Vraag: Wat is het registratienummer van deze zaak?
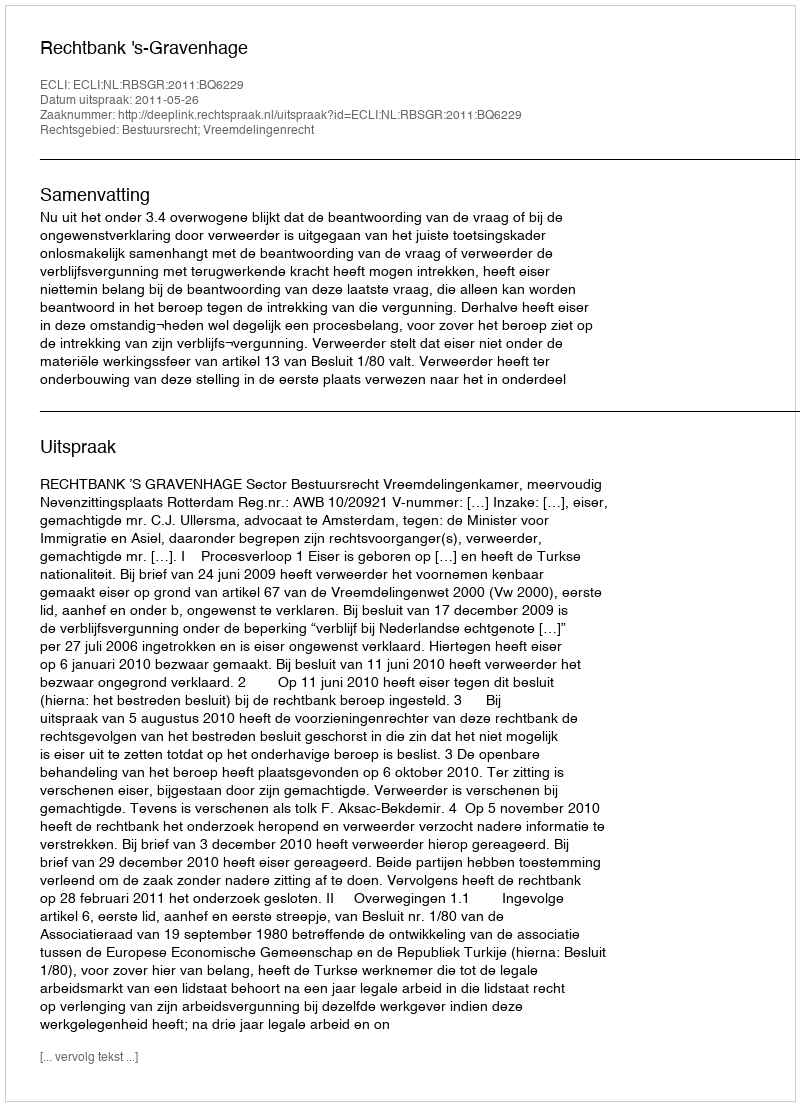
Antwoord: http://deeplink.rechtspraak.nl/uitspraak?id=ECLI:NL:RBSGR:2011:BQ6229